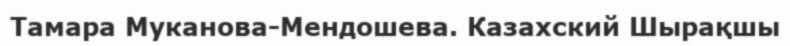
Тамара Муканова-Мендошева. Казахский Шырақшы